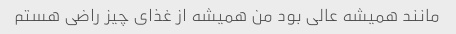
مانند همیشه عالی بود من همیشه از غذای چیز راضی هستم